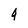
Character: 4